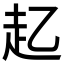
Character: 𮚲